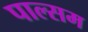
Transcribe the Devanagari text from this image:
पाल्सम